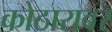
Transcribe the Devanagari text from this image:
कोठारावर